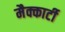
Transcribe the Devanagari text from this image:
मैक्कार्टी